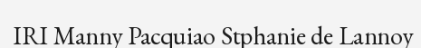
IRI Manny Pacquiao Stphanie de Lannoy